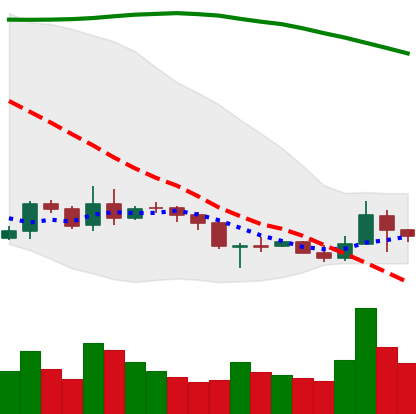
Ticker: BNB-USD
Chart end date: 2019-09-20
Forward return: -23.925%
Label: down_7plus